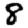
Digit: 8